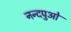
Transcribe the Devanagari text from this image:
नन्दपुओ